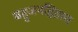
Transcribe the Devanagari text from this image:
बहुजनहिताय